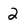
Character: 2